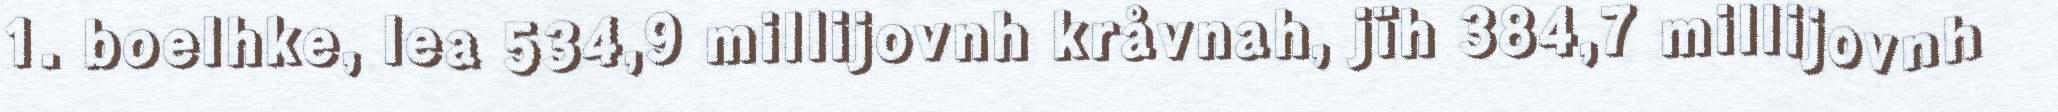
1. boelhke, lea 534,9 millijovnh kråvnah, jïh 384,7 millijovnh